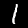
Label: 1